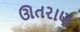
ઊતરાણ